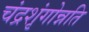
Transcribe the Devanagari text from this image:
चंद्रशृंगोन्नति